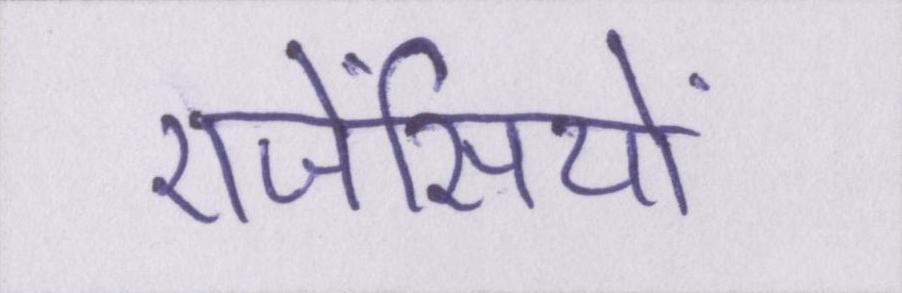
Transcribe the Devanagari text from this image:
एजेंसियों